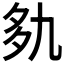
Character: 𰋐